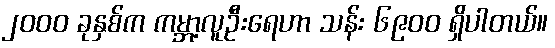
၂၀၀၀ ခုနှစ်က ကမ္ဘာ့လူဦးရေဟာ သန်း ၆၉၀၀ ရှိပါတယ်။